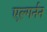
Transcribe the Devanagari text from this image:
एल्गर्नन